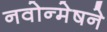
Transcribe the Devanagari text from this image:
नवोन्मेषने